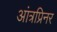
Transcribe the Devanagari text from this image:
आंत्रप्रिनर